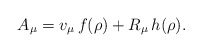
\begin{align*}A_\mu =v_\mu\,f(\rho)+R_\mu\,h(\rho). \end{align*}